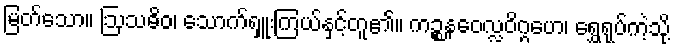
မြတ်သော။ ဩသဓိဝ၊ သောက်ရှူးကြယ်နှင့်တူ၏။ ကဉ္စနဝေလ္လဝိဂ္ဂဟေ၊ ရွှေရုပ်ကဲ့သို့